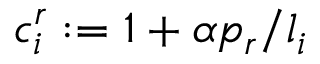
c _ { i } ^ { r } : = 1 + \alpha p _ { r } / l _ { i }